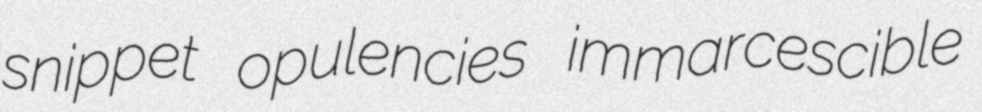
snippet opulencies immarcescible